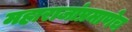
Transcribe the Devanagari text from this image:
महाराजांप्रमाणेच